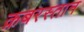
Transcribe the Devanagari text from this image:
क़बरस्तान